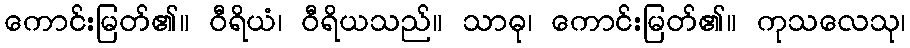
ကောင်းမြတ်၏။ ဝီရိယံ၊ ဝီရိယသည်။ သာဓု၊ ကောင်းမြတ်၏။ ကုသလေသု၊